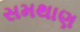
સમથાણ